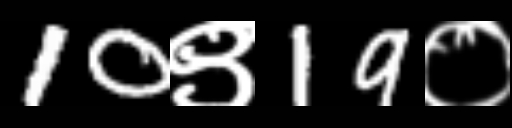
Text: 10९19०